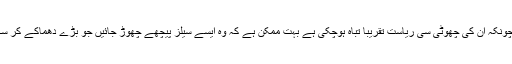
اب چونکہ ان کی چھوٹی سی ریاست تقریبا تباہ ہوچکی ہے بہت ممکن ہے کہ وہ ایسے سیلز پیچھے چھوڑ جائیں جو بڑے دھماکے کر سکیں۔